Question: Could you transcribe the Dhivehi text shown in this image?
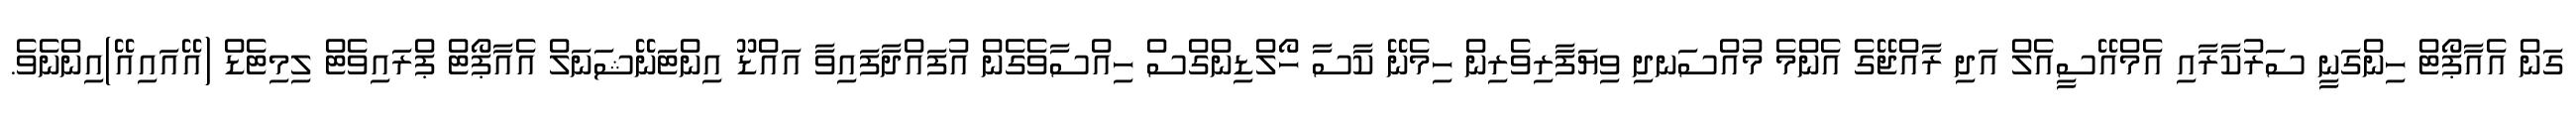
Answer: ގަން އެއާޕޯޓް ހިންގަނީ ސަރުކާރާއި އެމްއޭސީއެލް އަދި ރާއްޖޭގެ އެންމެ މުއްސަނދި ވިޔަފާރިވެރިން ހިމެނޭ ކާސާ ހޯލްޑިންގްސް ހިއްސާވެގެން އުފައްދާފައިވާ އައްޑޫ އިންޓަނޭޝަނަލް އެއާޕޯޓް ޕްރައިވެޓް ލިމިޓެޑް (އޭއައިއޭ)އިންނެވެ.